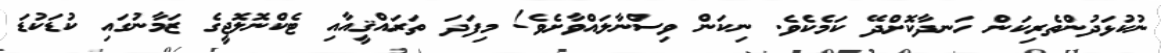
ނުކުޅަދުންތެރިކަން ހަނދާކޮށްދޭ ކަމެކެވެ. ނިކަން ވިސްނާލައްވާށެވެ! މިފަދަ ތަރައްޤީއާއި ޓެކްނޮލޮޖީގެ ޒަމާނުގައި ކުޑަކުޑަ